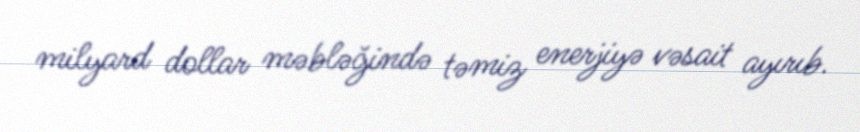
milyard dollar məbləğində təmiz enerjiyə vəsait ayırıb.